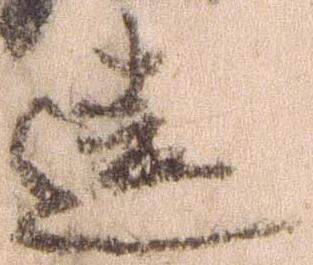
違